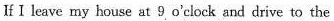
If I leave my house at 9o'clock and drive to the